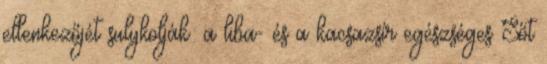
ellenkezőjét sulykolják: a liba- és a kacsazsír egészséges Sőt